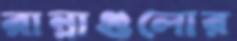
রান্নাগুলোর